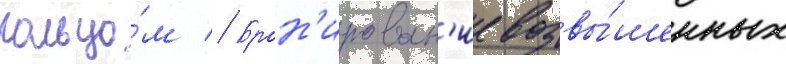
кольцо́м // Брон'ирован'ие возвы́шенных